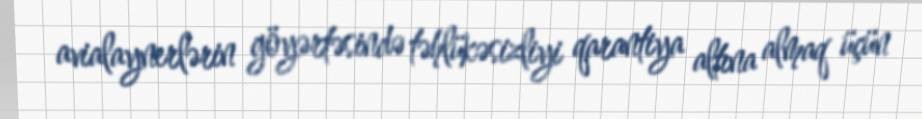
avialaynerlərin göyərtəsində təhlükəsizliyi qarantiya altına almaq üçün